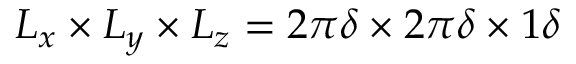
L _ { x } \times L _ { y } \times L _ { z } = 2 \pi \delta \times 2 \pi \delta \times 1 \delta